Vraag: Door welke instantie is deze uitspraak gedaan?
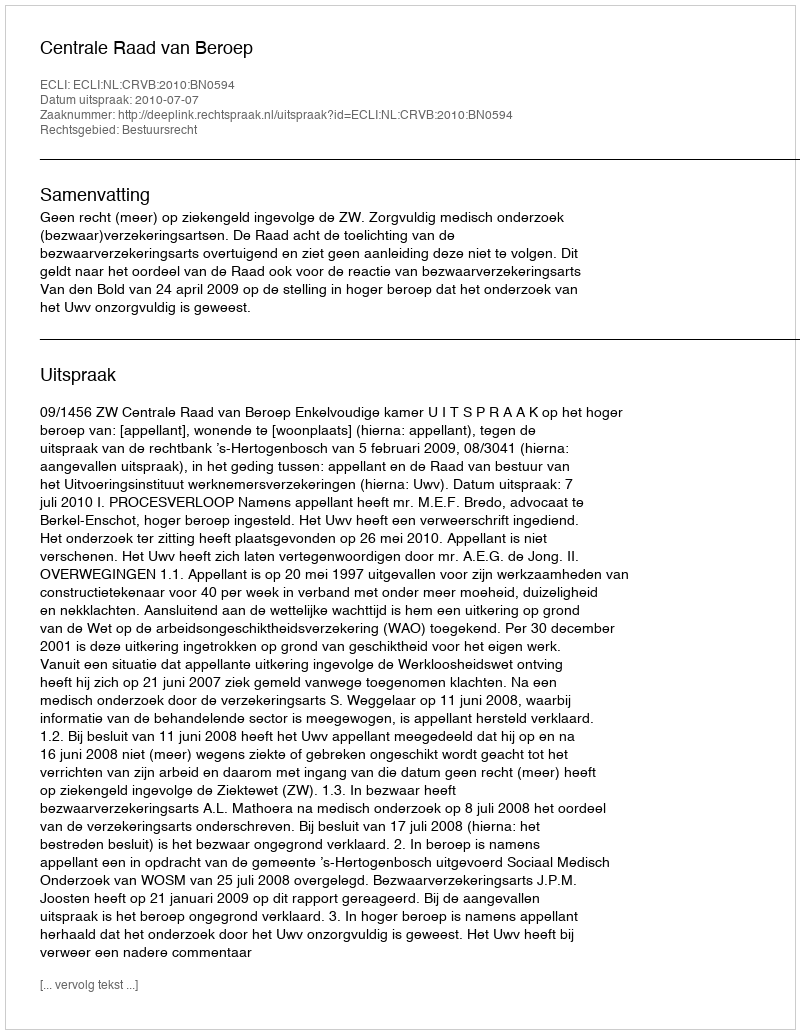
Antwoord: Centrale Raad van Beroep